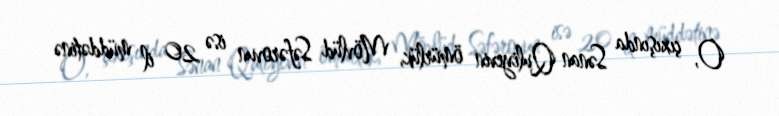
O, çıxışında Sənan Quliyevin ömürlük, Mövlüd Səfərovun isə 20 il müddətinə